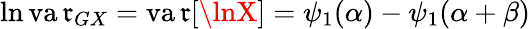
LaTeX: \ln\operatorname{va\mathfrak{r}}_{GX}=\operatorname{va\mathfrak{r}}[\lnX]=\psi_{1}(\alpha)-\psi_{1}(\alpha+\beta)